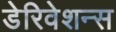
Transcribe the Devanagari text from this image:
डेरिवेशन्स